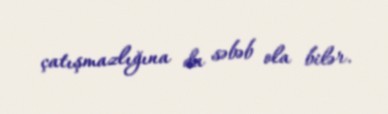
çatışmazlığına da səbəb ola bilər.